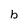
Character: b